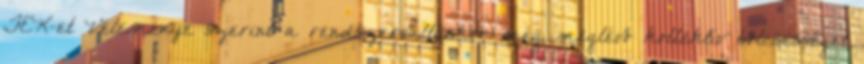
TEK-et Véleménye szerint a rendszerváltáskor még meglévő kollektív bölcsességet